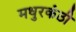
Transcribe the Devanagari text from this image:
मधुरकंठी